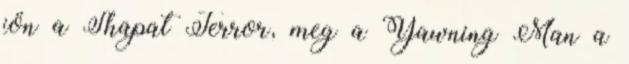
jön a Shapat Terror, meg a Yawning Man a